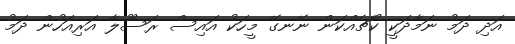
އަދި ދަމު ނަމާދަކީ ކޯޗެއްކަން ނޭނގޭ މީހަކު އައިސް ރަސޫލާ އަރިއަހުން ދަމު